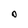
Character: O